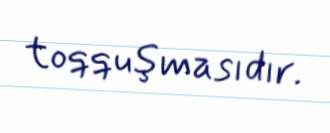
toqquşmasıdır.